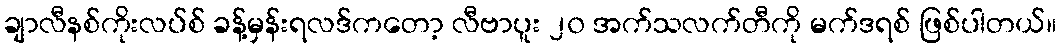
ချာလီနစ်ကိုးလပ်စ် ခန့်မှန်းရလဒ်ကတော့ လီဗာပူး ၂၀ အက်သလက်တီကို မက်ဒရစ် ဖြစ်ပါတယ်။